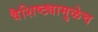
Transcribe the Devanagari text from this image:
वैशिष्ट्यामुळेच